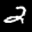
Label: 2